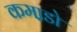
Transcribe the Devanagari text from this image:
कमा़डो